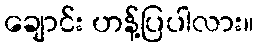
ချောင်း ဟန့်ပြပါလား။